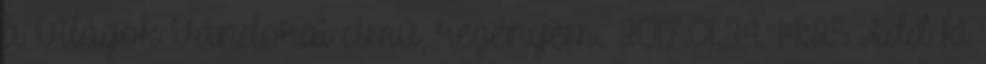
a Világok Vándorai cîmű, regényem. 2017.01.24. 14:25 Add ki